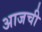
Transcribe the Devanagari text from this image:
अाजची